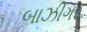
બાઝીગર